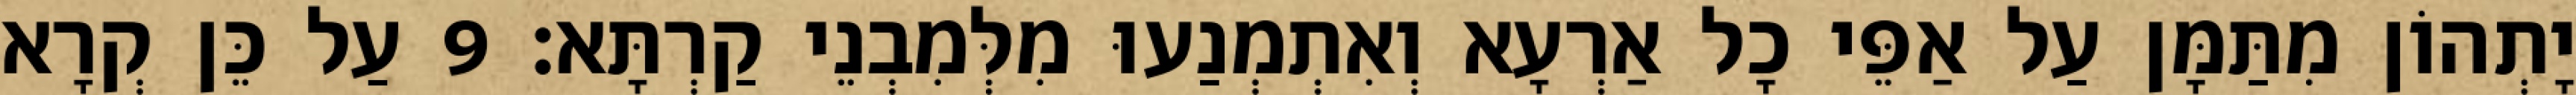
יָתְהוֹן מִתַּמָּן עַל אַפֵּי כָל אַרְעָא וְאִתְמְנַעוּ מִלְּמִבְנֵי קַרְתָּא׃ 9 עַל כֵּן קְרָא